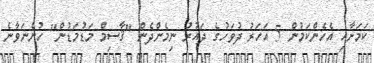
ކަމަށާއި އެހެންކަމުން 5 އަހަރު ދުވަހުގެ ދައުރު ނިމެންދެން "ޤާސިމް މަޑުމަޑުން" ހުންނަވާނެ